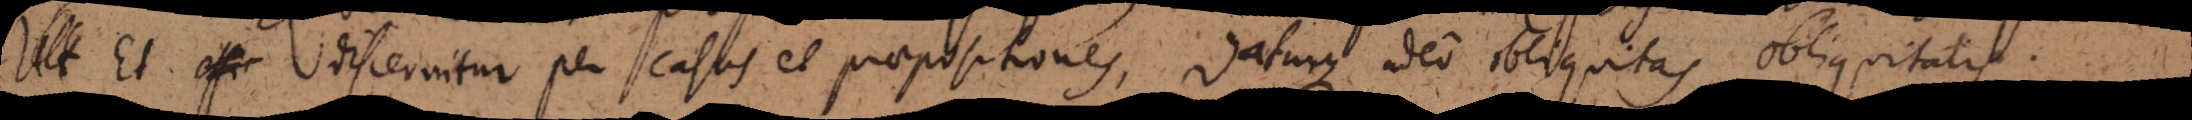
effi discernitur per casus et praepositiones, daturque adeo obliquitas obliquitatis.